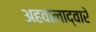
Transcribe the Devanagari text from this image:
अहवालाद्वारे